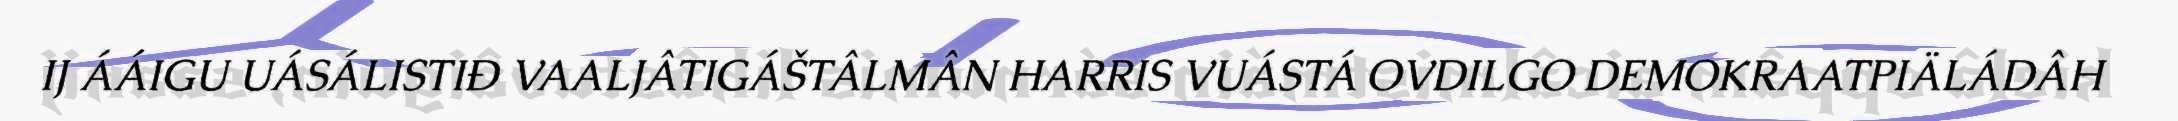
IJ ÁÁIGU UÁSÁLISTIĐ VAALJÂTIGÁŠTÂLMÂN HARRIS VUÁSTÁ OVDILGO DEMOKRAATPIÄLÁDÂH